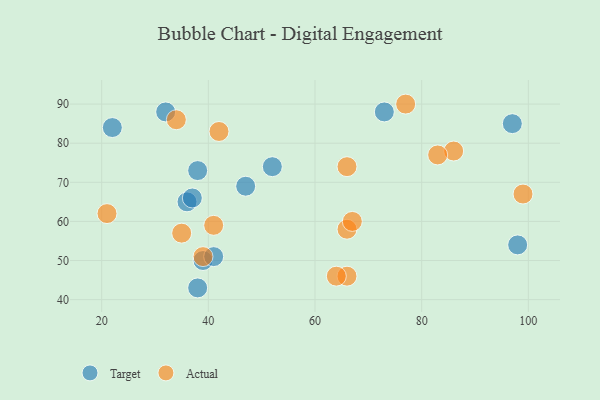
{"axis": {"x": "GDP", "y": "Life Expectancy"}, "legend": ["Actual", "Target"], "data": [{"x": "97", "y": 85, "type": "Target"}, {"x": "52", "y": 74, "type": "Target"}, {"x": "38", "y": 43, "type": "Target"}, {"x": "22", "y": 84, "type": "Target"}, {"x": "39", "y": 50, "type": "Target"}, {"x": "32", "y": 88, "type": "Target"}, {"x": "98", "y": 54, "type": "Target"}, {"x": "38", "y": 73, "type": "Target"}, {"x": "47", "y": 69, "type": "Target"}, {"x": "36", "y": 65, "type": "Target"}, {"x": "37", "y": 66, "type": "Target"}, {"x": "73", "y": 88, "type": "Target"}, {"x": "41", "y": 51, "type": "Target"}, {"x": "86", "y": 78, "type": "Actual"}, {"x": "66", "y": 74, "type": "Actual"}, {"x": "34", "y": 86, "type": "Actual"}, {"x": "21", "y": 62, "type": "Actual"}, {"x": "35", "y": 57, "type": "Actual"}, {"x": "39", "y": 51, "type": "Actual"}, {"x": "66", "y": 58, "type": "Actual"}, {"x": "67", "y": 60, "type": "Actual"}, {"x": "42", "y": 83, "type": "Actual"}, {"x": "66", "y": 46, "type": "Actual"}, {"x": "99", "y": 67, "type": "Actual"}, {"x": "83", "y": 77, "type": "Actual"}, {"x": "64", "y": 46, "type": "Actual"}, {"x": "41", "y": 59, "type": "Actual"}, {"x": "77", "y": 90, "type": "Actual"}]}